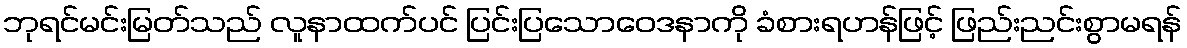
ဘုရင်မင်းမြတ်သည် လူနာထက်ပင် ပြင်းပြသောဝေဒနာကို ခံစားရဟန်ဖြင့် ဖြည်းညင်းစွာမရန်